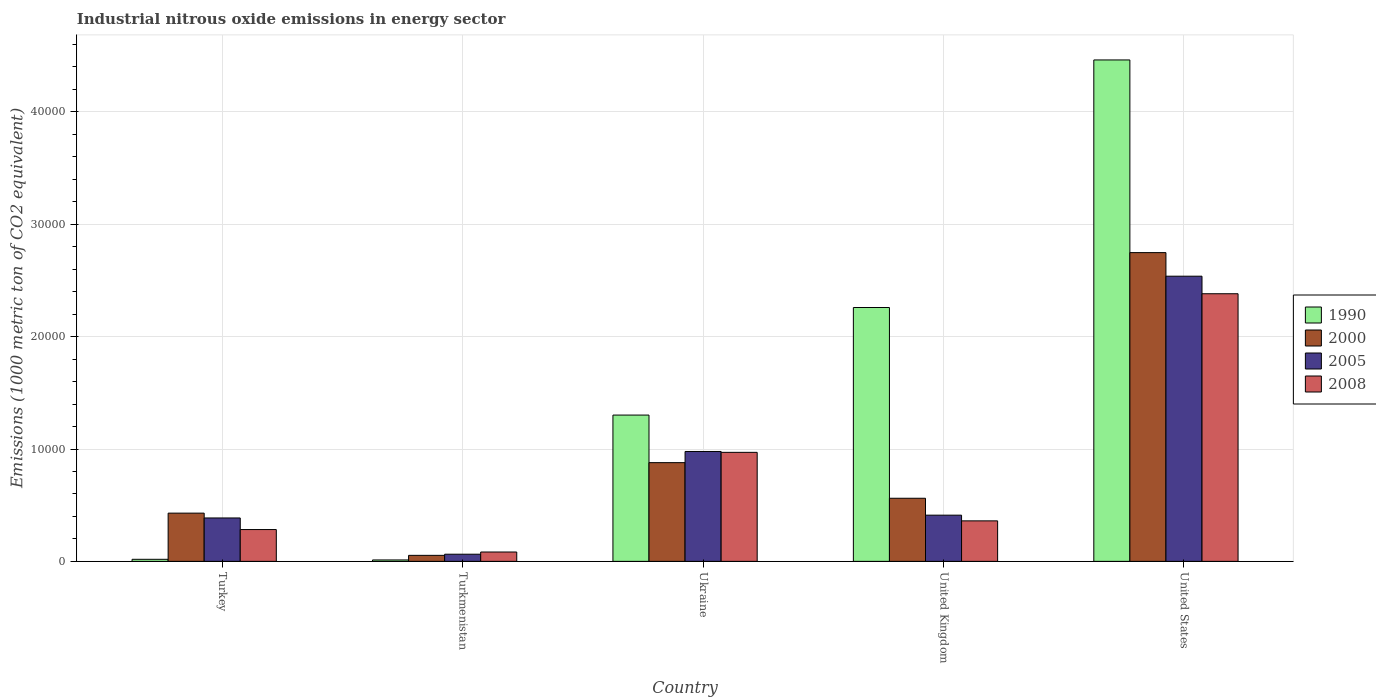
| Country | 1990 | 2000 | 2005 | 2008 |
 | --- | --- | --- | --- | --- |
 | Turkey | 184 | 4.29e+03 | 3.86e+03 | 2.83e+03 |
 | Turkmenistan | 126 | 536 | 637 | 832 |
 | Ukraine | 1.3e+04 | 8.78e+03 | 9.78e+03 | 9.7e+03 |
 | United Kingdom | 2.26e+04 | 5.62e+03 | 4.11e+03 | 3.6e+03 |
 | United States | 4.46e+04 | 2.75e+04 | 2.54e+04 | 2.38e+04 |